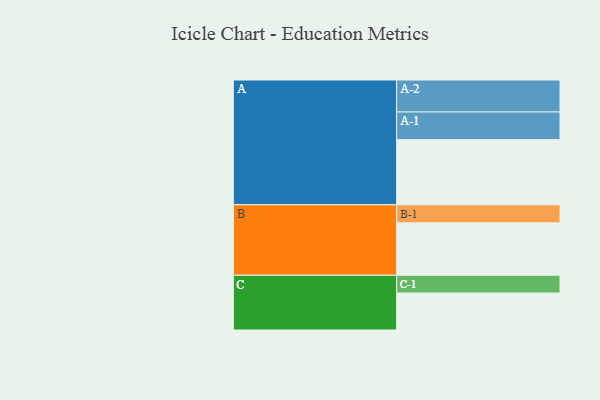
{"axis": {"x": "Segment", "y": "Value"}, "legend": ["", "A", "B", "C"], "data": [{"x": "A", "y": 554, "type": ""}, {"x": "B", "y": 446, "type": ""}, {"x": "C", "y": 315, "type": ""}, {"x": "A-1", "y": 236, "type": "A"}, {"x": "A-2", "y": 272, "type": "A"}, {"x": "B-1", "y": 154, "type": "B"}, {"x": "C-1", "y": 151, "type": "C"}]}